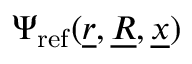
\Psi _ { \mathrm { r e f } } ( \underline { { r } } , \underline { { R } } , \underline { { x } } )